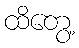
ထိတွေ့